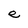
Character: e